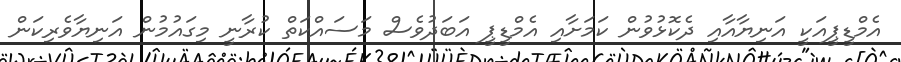
އެމްޑީޕީއަކީ އަނިޔާއާއި ދެކޮޅުވުން ކަމަށާއި އެމްޑީޕީ އަބަދުވެސް މަސައްކަތް ކުރާނީ މިގައުމުން އަނިޔާވެރިކަން